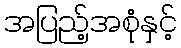
အပြည့်အစုံနှင့်